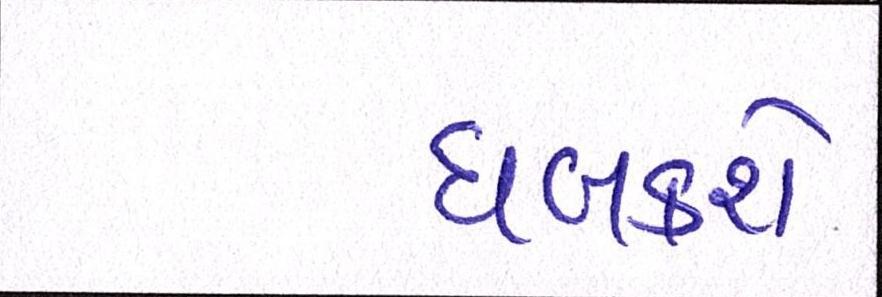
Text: ધબકશે